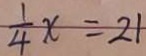
\frac { 1 } { 4 } x = 2 1